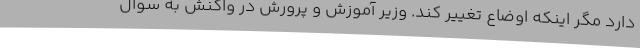
دارد مگر اینکه اوضاع تغییر کند. وزیر آموزش و پرورش در واکنش به سوال